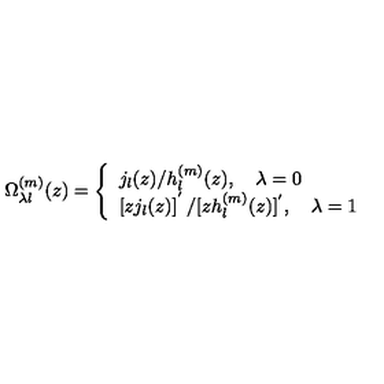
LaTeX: \Omega _ { \lambda l } ^ { ( m ) } ( z ) = \left\{ \begin{array} { l } { j _ { l } ( z ) / h _ { l } ^ { ( m ) } ( z ) , \quad \lambda = 0 } \\ { \left[ z j _ { l } ( z ) \right] ^ { ' } / [ z h _ { l } ^ { ( m ) } ( z ) ] ^ { ' } , \quad \lambda = 1 } \\ \end{array} \right.